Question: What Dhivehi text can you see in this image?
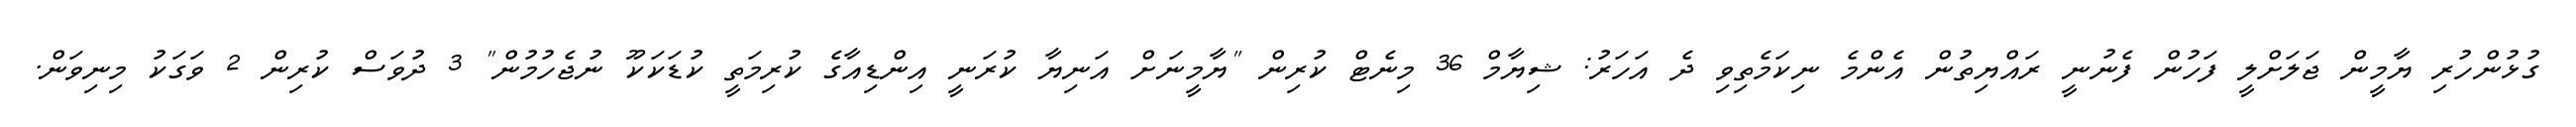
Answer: ގުޅުންހުރި ޔާމީން ޖަލަށްލީ ފަހުން ފެނުނީ ރައްޔިތުން އެންމެ ނިކަމެތިވި ދެ އަހަރު: ޝިޔާމް 36 މިނެޓް ކުރިން "ޔާމީނަށް އަނިޔާ ކުރަނީ އިންޑިއާގެ ކުރިމަތީ ކުޑަކަކޫ ނުޖެހުމުން" 3 ދުވަސް ކުރިން 2 ވަގަކު މިނިވަން.